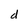
Character: d